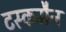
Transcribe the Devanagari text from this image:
टस्कमैन